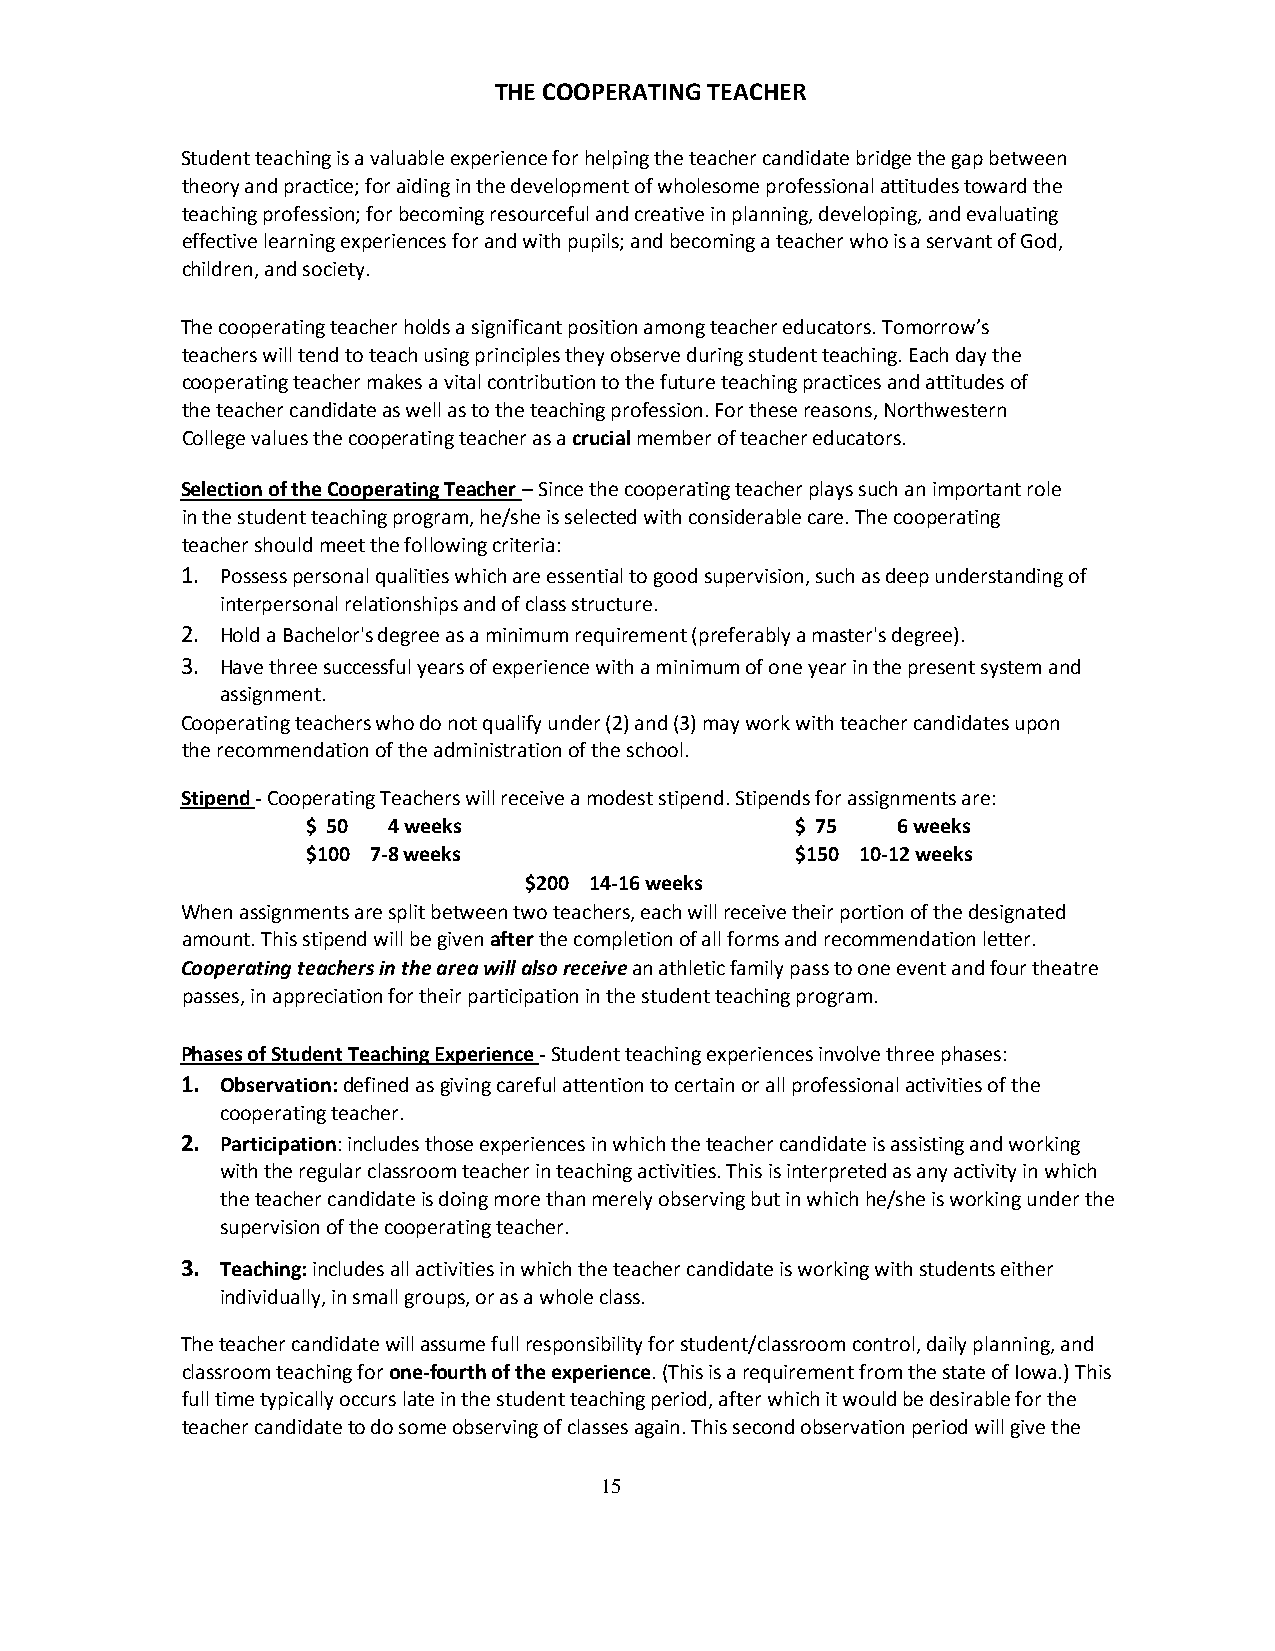
THE COOPERATING TEACHER
 Student teaching is a valuable experience for helping the teacher candidate bridge the gap between
 theory and practice; for aiding in the development of wholesome professional attitudes toward the
 teaching profession; for becoming resourceful and creative in planning, developing, and evaluating
 effective learning experiences for and with pupils; and becoming a teacher who is a servant of God,
 children, and society.
 The cooperating teacher holds a significant position among teacher educators. Tomorrow’s
 teachers will tend to teach using principles they observe during student teaching. Each day the
 cooperating teacher makes a vital contribution to the future teaching practices and attitudes of
 the teacher candidate as well as to the teaching profession. For these reasons, Northwestern
 College values the cooperating teacher as a crucial member of teacher educators.
 Selection of the Cooperating Teacher – Since the cooperating teacher plays such an important role
 in the student teaching program, he/she is selected with considerable care. The cooperating
 teacher should meet the following criteria:
 1. Possess personal qualities which are essential to good supervision, such as deep understanding of
 interpersonal relationships and of class structure.
 2. Hold a Bachelor's degree as a minimum requirement (preferably a master's degree).
 3. Have three successful years of experience with a minimum of one year in the present system and
 assignment.
 Cooperating teachers who do not qualify under (2) and (3) may work with teacher candidates upon
 the recommendation of the administration of the school.
 Stipend - Cooperating Teachers will receive a modest stipend. Stipends for assignments are:
 $ 50  4 weeks                    $ 75  6 weeks
 $100 7-8 weeks                   $150 10-12 weeks
 $200 14-16 weeks
 When assignments are split between two teachers, each will receive their portion of the designated
 amount. This stipend will be given after the completion of all forms and recommendation letter.
 Cooperating teachers in the area will also receive an athletic family pass to one event and four theatre
 passes, in appreciation for their participation in the student teaching program.
 Phases of Student Teaching Experience - Student teaching experiences involve three phases:
 1. Observation: defined as giving careful attention to certain or all professional activities of the
 cooperating teacher.
 2. Participation: includes those experiences in which the teacher candidate is assisting and working
 with the regular classroom teacher in teaching activities. This is interpreted as any activity in which
 the teacher candidate is doing more than merely observing but in which he/she is working under the
 supervision of the cooperating teacher.
 3. Teaching: includes all activities in which the teacher candidate is working with students either
 individually, in small groups, or as a whole class.
 The teacher candidate will assume full responsibility for student/classroom control, daily planning, and
 classroom teaching for one-fourth of the experience. (This is a requirement from the state of Iowa.) This
 full time typically occurs late in the student teaching period, after which it would be desirable for the
 teacher candidate to do some observing of classes again. This second observation period will give the
 15